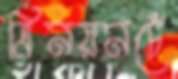
ত্রিনয়নচেঁ